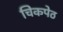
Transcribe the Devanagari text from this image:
चिकपेठ